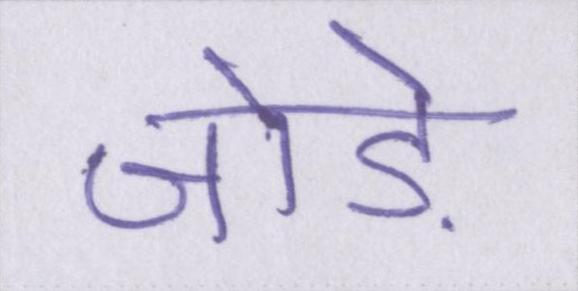
जोड़े